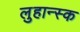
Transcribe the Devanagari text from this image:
लुहान्स्क